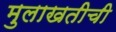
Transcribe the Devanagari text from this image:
मुलाखतीची